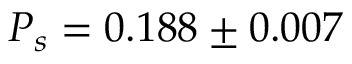
P _ { s } = 0 . 1 8 8 \pm 0 . 0 0 7